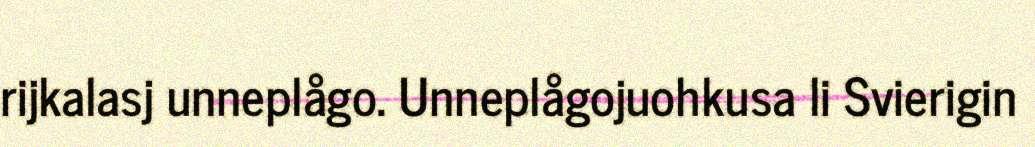
rijkalasj unneplågo. Unneplågojuohkusa li Svierigin